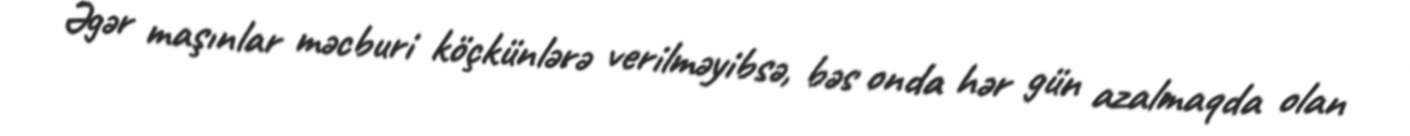
Əgər maşınlar məcburi köçkünlərə verilməyibsə, bəs onda hər gün azalmaqda olan